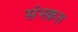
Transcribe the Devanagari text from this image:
संस्‍क़त